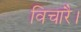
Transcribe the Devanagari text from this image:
विचारै।